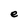
Character: e